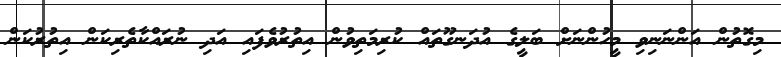
މިގޮތުން އަންނަނިވި މީހުންނަށް ބަލީގެ އުދަނގޫތައް ކުރިމަތިވުން އިތުރުވެފައި އަދި ނުރައްކާތެރިކަން އިތުރުކަން